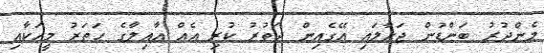
މެންދުރު ބަންޑުން ޖަހާލައި އޭގެއިން ދަތުރު ކުރި އެއް އާއިލާގެ ހަތަރު މީހަކާއި